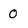
Character: 0